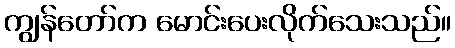
ကျွန်တော်က မောင်းပေးလိုက်သေးသည်။